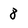
Character: 8